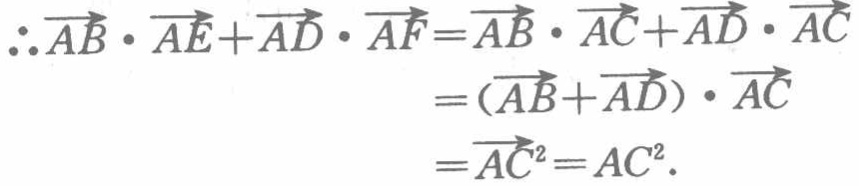
\[\begin{align*}
\therefore\overrightarrow{AB}\cdot\overrightarrow{AE}+\overrightarrow{AD}\cdot\overrightarrow{AF}&=\overrightarrow{AB}\cdot\overrightarrow{AC}+\overrightarrow{AD}\cdot\overrightarrow{AC}\\
&=(\overrightarrow{AB}+\overrightarrow{AD})\cdot\overrightarrow{AC}\\
&=\overrightarrow{AC}^{2}=AC^{2}.
\end{align*}\]